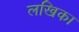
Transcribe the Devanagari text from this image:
लखिका